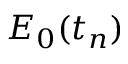
E _ { 0 } ( t _ { n } )